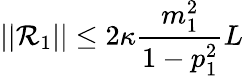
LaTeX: \lvert|\mathcal{R}_{1}\rvert|\leq2\kappa\frac{{m_{1}^{2}}}{{1-p_{1}^{2}}}L